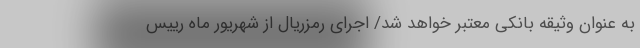
به عنوان وثیقه بانکی معتبر خواهد شد/ اجرای رمزریال از شهریور ماه رییس